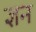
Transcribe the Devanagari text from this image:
ज्ञन